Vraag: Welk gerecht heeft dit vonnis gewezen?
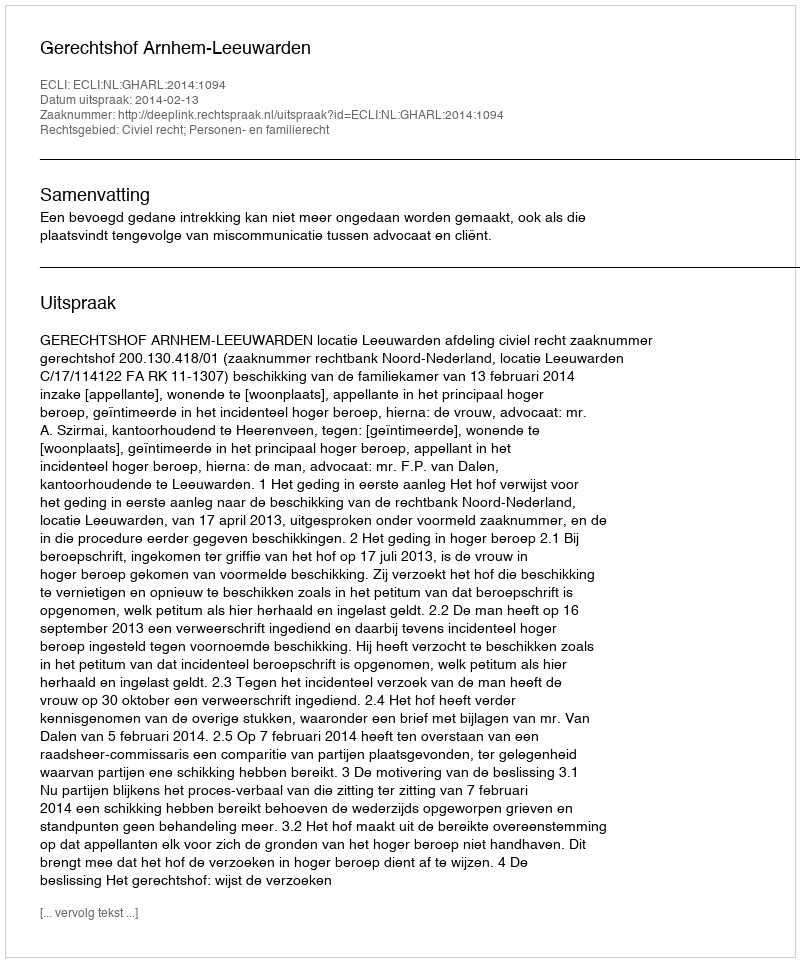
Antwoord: Gerechtshof Arnhem-Leeuwarden